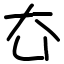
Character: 㚎